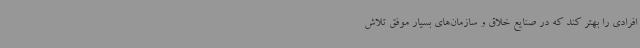
افرادی را بهتر کند که در صنایع خلاق و سازمان‌های بسیار موفق تلاش